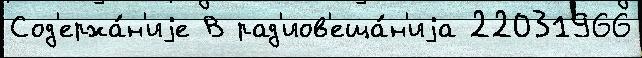
Сод'ержа́н'иjе В рад'иов'еща́н'иjа 22031966